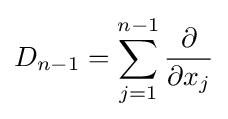
D_{n-1}=\sum _{j=1}^{n-1}{\frac {\partial }{\partial x_{j}}}